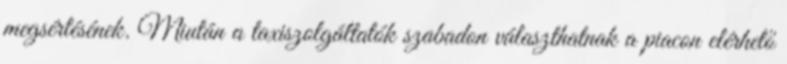
megsértésének. Miután a taxiszolgáltatók szabadon választhatnak a piacon elérhető